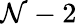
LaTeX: \mathcal{N}-2